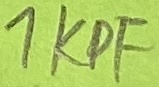
Text: 1KPF